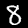
Label: 8